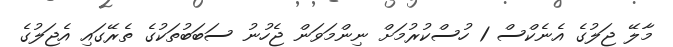
މާލޭ ޖަލުގެ އެނެކްސް 1 ހުސްކުރުމަށް ނިންމަވަން ޖެހުނު ސަބަބުތަކުގެ ތެރޭގައި އެޖަލުގެ